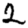
Digit: 2